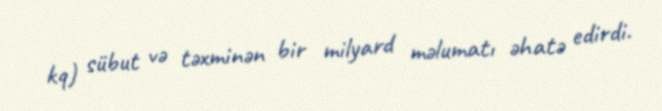
kq) sübut və təxminən bir milyard məlumatı əhatə edirdi.